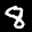
Label: 8